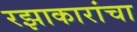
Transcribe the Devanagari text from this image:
रझाकारांचा